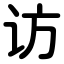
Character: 访